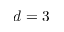
d = 3